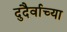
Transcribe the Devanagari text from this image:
दुदैर्वाच्या